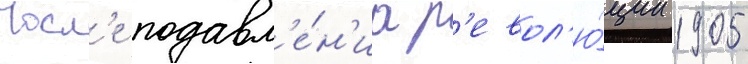
Посл'е подавл'е́н'иа р'евол'ю́ции 1905